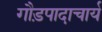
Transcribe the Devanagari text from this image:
गौड़पादाचार्य